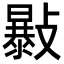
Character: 𣀛